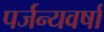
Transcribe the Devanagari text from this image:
पर्जन्यवर्षा